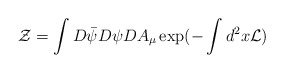
\begin{align*}{\cal Z} = \int D\bar \psi D \psi DA_\mu \exp (- \int d^2x {\cal L})\end{align*}